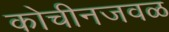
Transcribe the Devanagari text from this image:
कोचीनजवळ